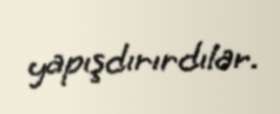
yapışdırırdılar.